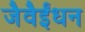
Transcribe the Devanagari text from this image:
जैवैईंधन